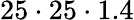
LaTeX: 25\cdot 25\cdot 1.4